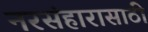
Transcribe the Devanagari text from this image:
नरसंहारासाठी